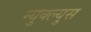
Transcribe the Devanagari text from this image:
न्युक्ल्युस